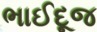
ભાઈદૂજ